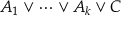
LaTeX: A _ { 1 } \lor \cdots \lor A _ { k } \lor C